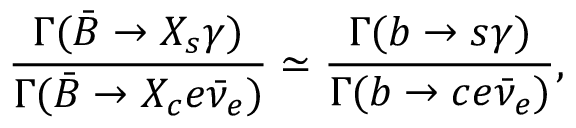
\frac { \Gamma ( \bar { B } \rightarrow X _ { s } \gamma ) } { \Gamma ( \bar { B } \rightarrow X _ { c } e \bar { \nu } _ { e } ) } \simeq \frac { \Gamma ( b \rightarrow s \gamma ) } { \Gamma ( b \rightarrow c e \bar { \nu } _ { e } ) } ,